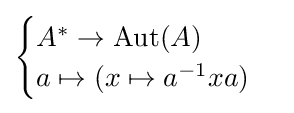
{\begin{cases}A^{*}\to {\text{Aut}}(A)\\a\mapsto (x\mapsto a^{-1}xa)\end{cases}}